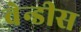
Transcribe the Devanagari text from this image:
वेन्डीस